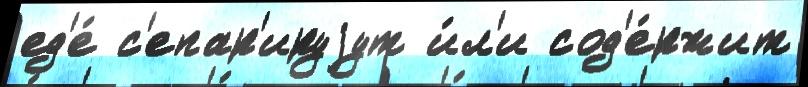
ед'е́ с'епар'ируjут и́л'и сод'е́ржит